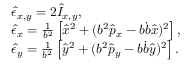
\begin{array} { r l } & { \hat { \epsilon } _ { x , y } = 2 \hat { I } _ { x , y } , } \\ & { \hat { \epsilon } _ { x } = \frac { 1 } { b ^ { 2 } } \left[ \hat { x } ^ { 2 } + ( b ^ { 2 } \hat { p } _ { x } - b \dot { b } \hat { x } ) ^ { 2 } \right] , } \\ & { \hat { \epsilon } _ { y } = \frac { 1 } { b ^ { 2 } } \left[ \hat { y } ^ { 2 } + ( b ^ { 2 } \hat { p } _ { y } - b \dot { b } \hat { y } ) ^ { 2 } \right] . } \end{array}